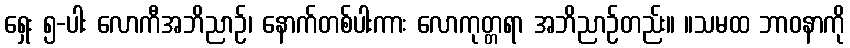
ရှေး ၅-ပါး လောကီအဘိညာဉ်၊ နောက်တစ်ပါးကား လောကုတ္တရာ အဘိညာဉ်တည်း။ ။သမထ ဘာဝနာကို